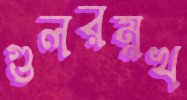
গুলরম্নখ